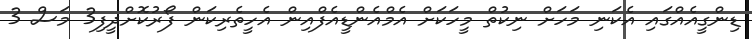
ޑިންގީއެއްގައި އެކަނި މަހަށް ނިކުތް މީހަކަށް އެމްއެންޑީއެފްއިން އެހީތެރިކަން ފޯރުކޮށްދީފި3 މަސް 3